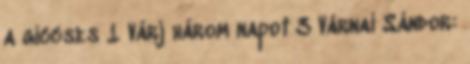
a giccses 1 Várj három napot 3 Várnai Sándor: